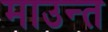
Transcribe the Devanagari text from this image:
माउन्त